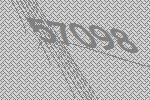
57098